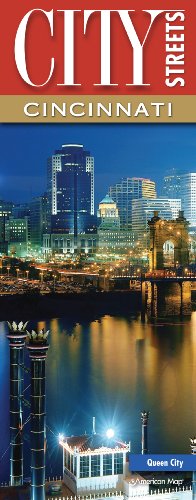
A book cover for City Streets Cincinnati; American Map; Travel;